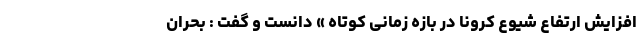
افزایش ارتفاع شیوع کرونا در بازه زمانی کوتاه » دانست و گفت : بحران